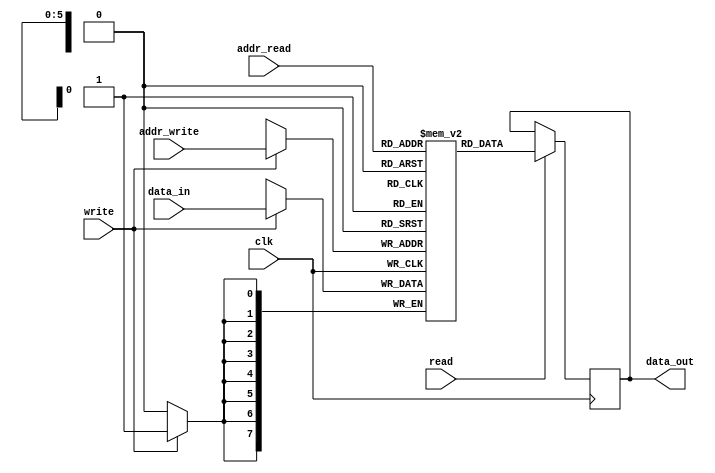
/* MEMORY MODIFICADA POR FREDDY ZUNIGA CERDAS
 * MODIFICADA DE UNA MEMORY RAM OBTENIDA EN EL SIGUIENTE LUGAR:
 * https://www.intel.com/content/www/us/en/programmable/support/
 * support-resources/design-examples/design-software/verilog/
 * ver-single-port-ram.html
 */

module ram #( parameter DATA_BITS = 8,
	      parameter ADDR_BITS = 6 )
            ( output reg [DATA_BITS-1:0]  data_out,
	      input wire [DATA_BITS-1:0] data_in,
	      input wire [ADDR_BITS-1:0] addr_write,
	      input wire [ADDR_BITS-1:0] addr_read,
	      input wire 		 write, read, clk );

   
   parameter 		RAM_SIZE = 2 ** ADDR_BITS;
   
   // Declare the RAM variable
   reg [DATA_BITS-1:0] 	memoria [RAM_SIZE-1:0];
   
   // Variable to hold the registered read address
   reg [ADDR_BITS-1:0] 	addr_reg;
   
   always @( posedge clk ) begin
      // Write
      if ( write ) begin
	 memoria[addr_write] <= data_in;
      end	
   end

   always @( posedge clk ) begin
      if( read ) begin
	 data_out <= memoria[addr_read];
      end
   end
   
endmodule